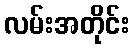
လမ်းအတိုင်း